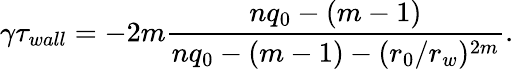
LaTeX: {\gamma}\tau_{wall}=-2m\frac{nq_{0}-(m-1)}{nq_{0}-(m-1)-(r_{0}/r_{w})^{2m}}.